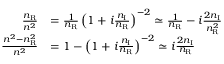
\begin{array} { r l } { \frac { n _ { \mathrm { R } } } { n ^ { 2 } } } & { = \frac { 1 } { n _ { \mathrm { R } } } \left( 1 + i \frac { n _ { \mathrm { I } } } { n _ { \mathrm { R } } } \right) ^ { - 2 } \simeq \frac { 1 } { n _ { \mathrm { R } } } - i \frac { 2 n _ { \mathrm { I } } } { n _ { \mathrm { R } } ^ { 2 } } } \\ { \frac { n ^ { 2 } - n _ { \mathrm { R } } ^ { 2 } } { n ^ { 2 } } } & { = 1 - \left( 1 + i \frac { n _ { \mathrm { I } } } { n _ { \mathrm { R } } } \right) ^ { - 2 } \simeq i \frac { 2 n _ { \mathrm { I } } } { n _ { \mathrm { R } } } } \end{array}